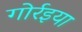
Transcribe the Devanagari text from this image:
गोर्रइया